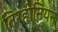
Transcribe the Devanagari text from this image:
तिरहीनियन